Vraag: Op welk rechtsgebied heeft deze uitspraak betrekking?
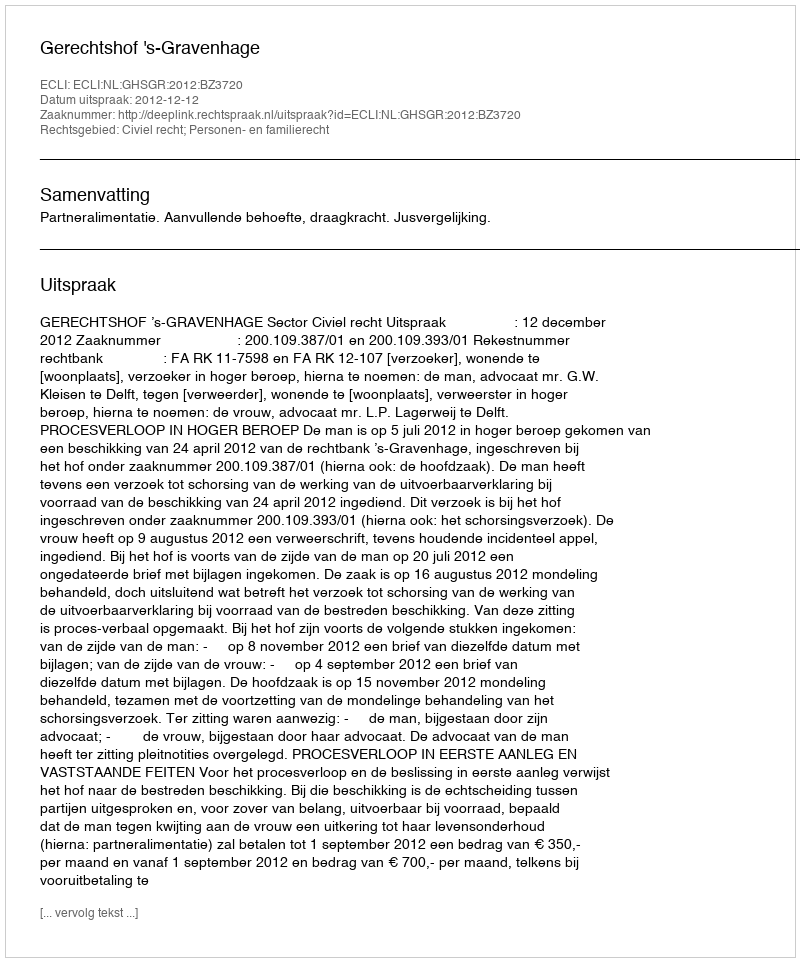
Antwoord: Civiel recht; Personen- en familierecht